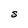
Character: S